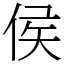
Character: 侯